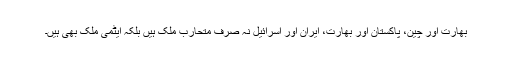
بھارت اور چین، پاکستان اور بھارت، ایران اور اسرائیل نہ صرف متحارب ملک ہیں بلکہ ایٹمی ملک بھی ہیں۔